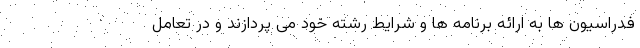
فدراسیون ها به ارائه برنامه ها و شرایط رشته خود می پردازند و در تعامل